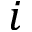
i